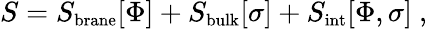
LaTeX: S=S_{\mathrm{{\small brane}}}[\Phi]+S_{\mathrm{\small bulk}}[\sigma]+S_{\mathrm{{\small int}}}[\Phi,\sigma]~,